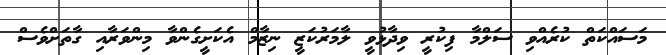
މަސައްކަތް ކުރެއްވި ސަލްމާ ފިކުރީ ވިދާޅުވީ ލާމަރުކަޒީ ނިޒާމް އެކަށީގެންވާ މިންވަރާއި ގާތަށްވެސް